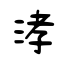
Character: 涍